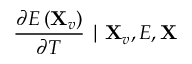
\frac { \partial E \left( \mathbf { X } _ { v } \right) } { \partial T } \mid \mathbf { X } _ { v } , E , \mathbf { X }